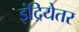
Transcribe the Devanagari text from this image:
इंद्रियेतर